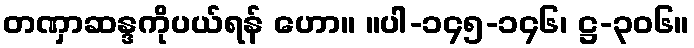
တဏှာဆန္ဒကိုပယ်ရန် ဟော။ ။ပါ-၁၄၅-၁၄၆၊ ဋ္ဌ-၃၀၆။